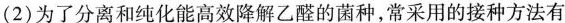
(2)为了分离和纯化能高效降解乙醛的菌种，常采用的接种方法有